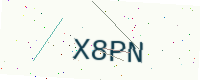
Text: X8PN